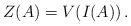
LaTeX: \begin{align*}Z(A)=V(I(A))\,.\end{align*}